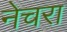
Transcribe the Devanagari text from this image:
नेचरा